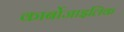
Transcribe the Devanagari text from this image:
कार्बोजाइलिक